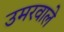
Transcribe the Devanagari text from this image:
उमरवाले